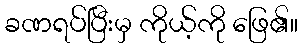
ခဏရပ်ပြီးမှ ကိုယ့်ကို ဖြေ၏။